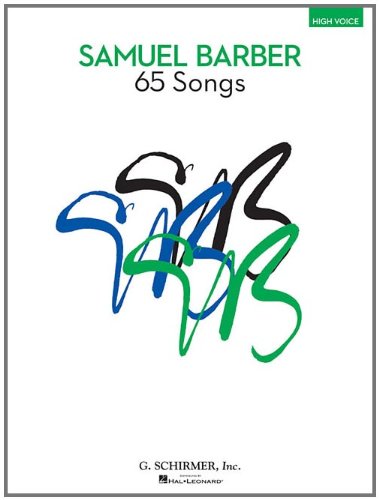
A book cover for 65 Songs: High Voice Edition; Christian Books & Bibles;